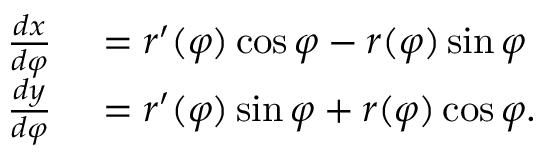
\begin{array} { r l } { { \frac { d x } { d \varphi } } } & { { } = r ^ { \prime } ( \varphi ) \cos \varphi - r ( \varphi ) \sin \varphi } \\ { { \frac { d y } { d \varphi } } } & { { } = r ^ { \prime } ( \varphi ) \sin \varphi + r ( \varphi ) \cos \varphi . } \end{array}